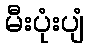
မီးပုံးပျံ